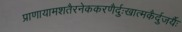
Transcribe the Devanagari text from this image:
प्राणायामशतैरनेककरणैर्दुःखात्मकैर्दुजर्यैः